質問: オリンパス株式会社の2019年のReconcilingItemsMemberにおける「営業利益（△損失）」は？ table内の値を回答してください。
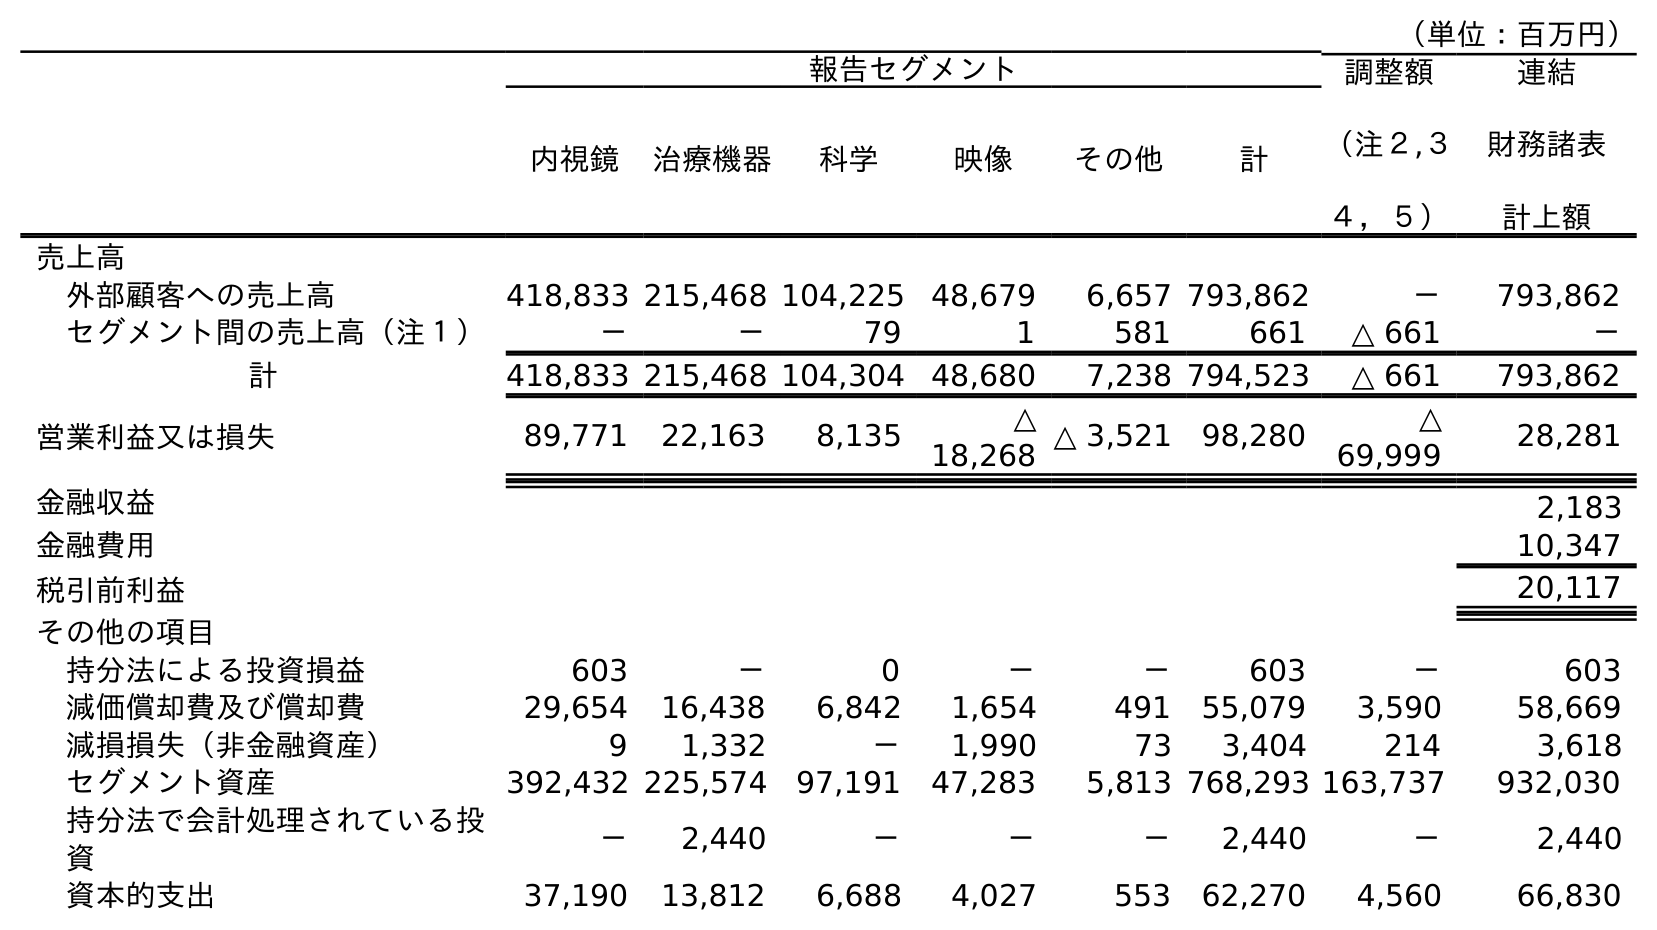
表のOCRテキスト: （単位：百万円） 報告セグメント 調整額 （注２,３ ４，５） 連結 財務諸表 計上額 内視鏡 治療機器 科学 映像 その他 計 売上高 外部顧客への売上高 418,833 215,468 104,225 48,679 6,657 793,862 － 793,862 セグメント間の売上高（注１） － － 79 1 581 661 △ 661 － 計 418,833 215,468 104,304 48,680 7,238 794,523 △ 661 793,862 営業利益又は損失 89,771 22,163 8,135 △ 18,268 △ 3,521 98,280 △ 69,999 28,281 金融収益 2,183 金融費用 10,347 税引前利益 20,117 その他の項目 持分法による投資損益 603 － 0 － － 603 － 603 減価償却費及び償却費 29,654 16,438 6,842 1,654 491 55,079 3,590 58,669 減損損失（非金融資産） 9 1,332 － 1,990 73 3,404 214 3,618 セグメント資産 392,432 225,574 97,191 47,283 5,813 768,293 163,737 932,030 持分法で会計処理されている投 資 － 2,440 － － － 2,440 － 2,440 資本的支出 37,190 13,812 6,688 4,027 553 62,270 4,560 66,830
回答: △69,999